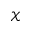
\mathcal { X }